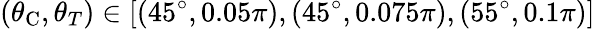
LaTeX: \left(\theta_{\mathrm{C}},\theta_{T}\right)\in\left[\left(45^{\circ},0.05\pi\right),\left(45^{\circ},0.075\pi\right),\left(55^{\circ},0.1\pi\right)\right]